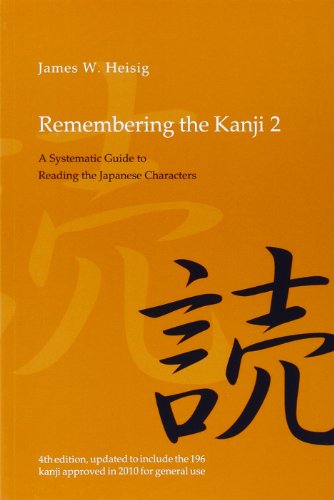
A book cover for Remembering the Kanji 2: A Systematic Guide to Reading Japanese Characters; James W. Heisig; Reference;